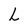
Character: L